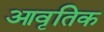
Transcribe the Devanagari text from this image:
आवृतिक